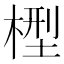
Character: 𣕭